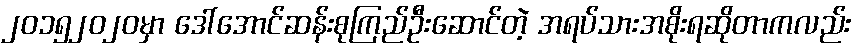
၂၀၁၅၂၀၂၀မှာ ဒေါ်အောင်ဆန်းစုကြည်ဦးဆောင်တဲ့ အရပ်သားအစိုးရဆိုတာကလည်း